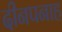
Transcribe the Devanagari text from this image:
दीनपनाह